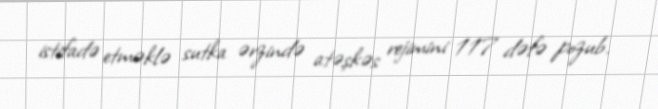
istifadə etməklə sutka ərzində atəşkəs rejimini 117 dəfə pozub.